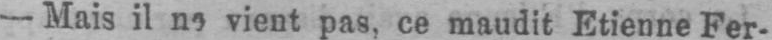
vient pas, ce maudit Etienne Fer-